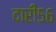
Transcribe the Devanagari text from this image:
दारी५६